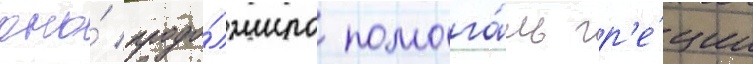
оно́ продо́лжило помога́ть гр'е́ции